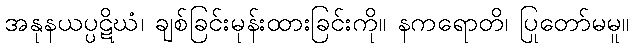
အနုနယပ္ပဋိဃံ၊ ချစ်ခြင်းမုန်းထားခြင်းကို။ နကရောတိ၊ ပြုတော်မမူ။